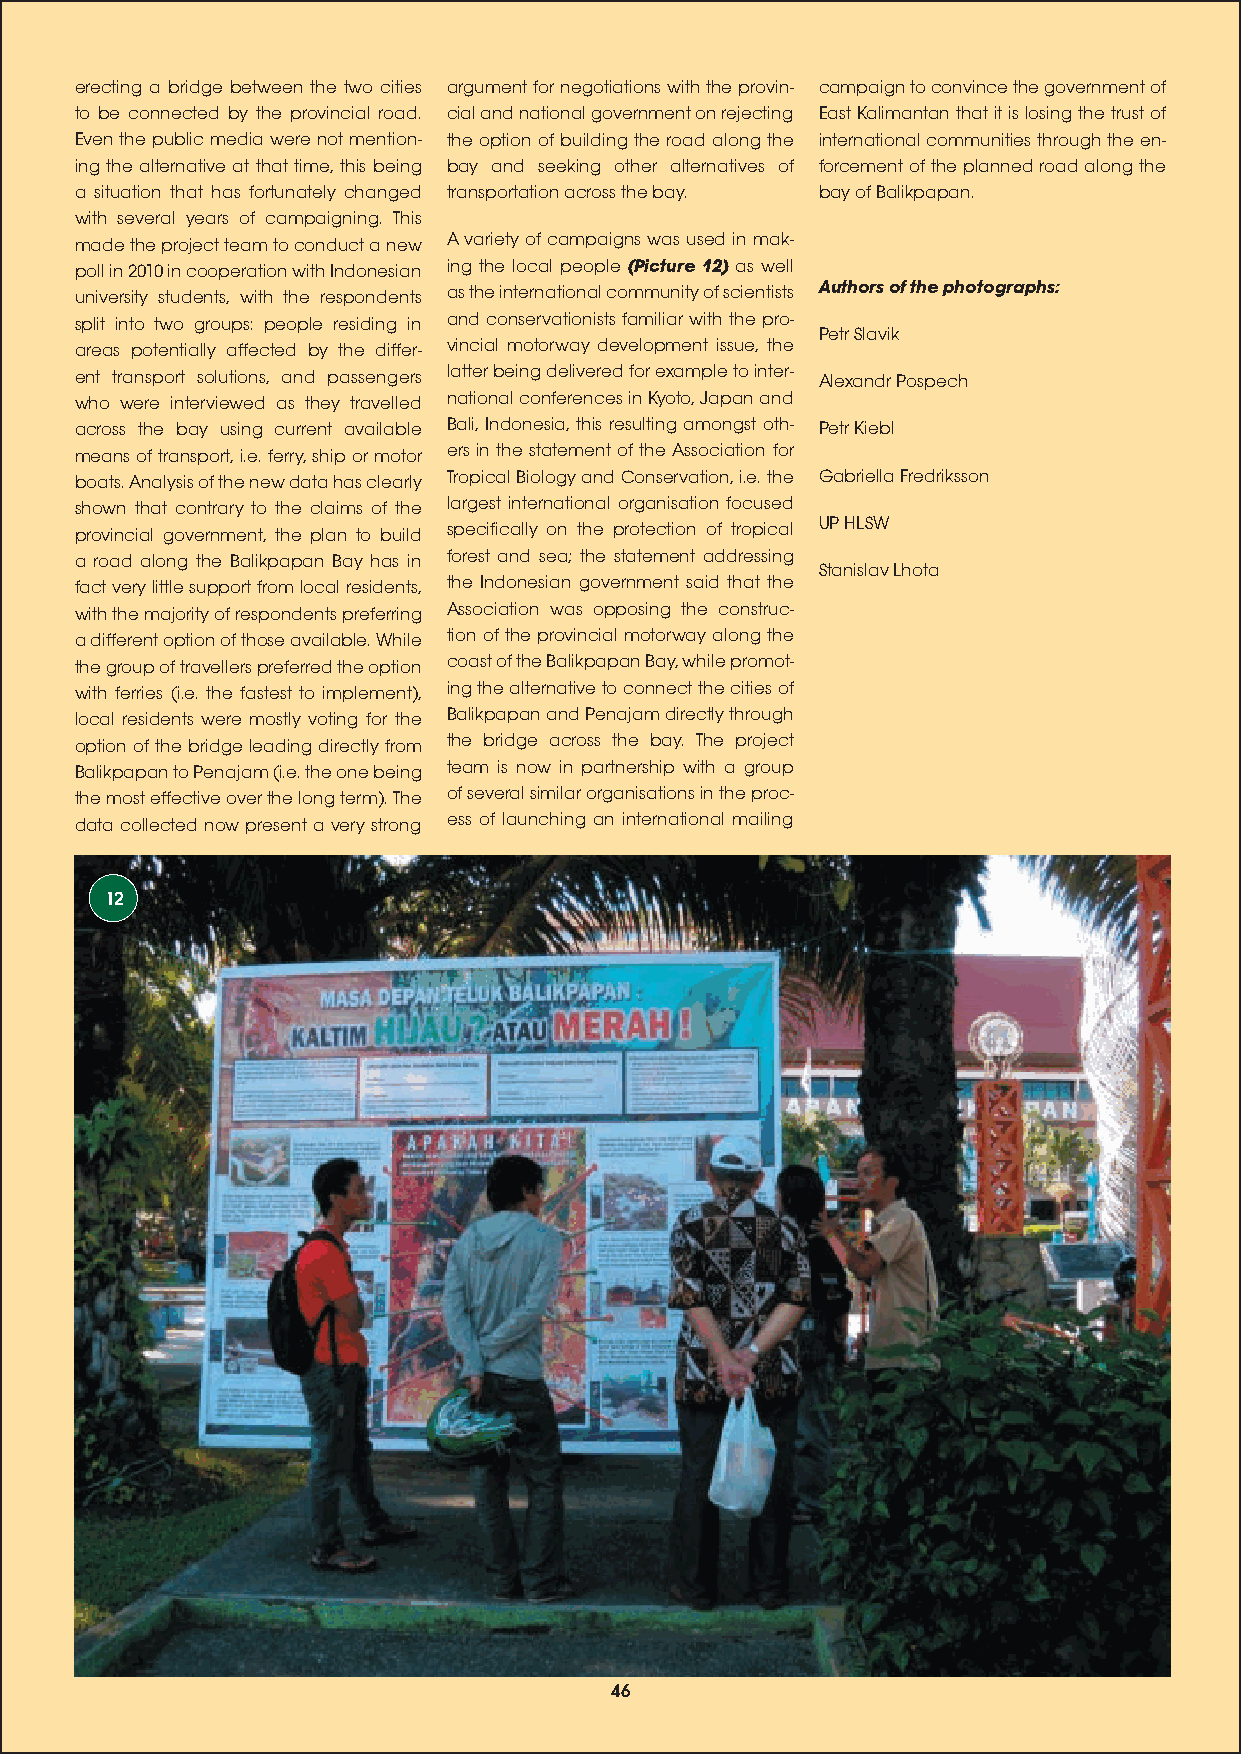
erecting a bridge between the two cities argument for negotiations with the provin- campaign to convince the government of
 to be connected by the provincial road. cial and national government on rejecting East Kalimantan that it is losing the trust of
 Even the public media were not mention- the option of building the road along the international communities through the en-
 ing the alternative at that time, this being bay and seeking other alternatives of forcement of the planned road along the
 a situation that has fortunately changed transportation across the bay. bay of Balikpapan.
 with several years of campaigning. This
 made the project team to conduct a new A variety of campaigns was used in mak-
 poll in 2010 in cooperation with Indonesian ing the local people (Picture 12) as well
 university students, with the respondents as the international community of scientists Authors of the photographs:
 split into two groups: people residing in and conservationists familiar with the pro-
 Petr Slavik
 areas potentially affected by the differ- vincial motorway development issue, the
 ent transport solutions, and passengers latter being delivered for example to inter- Alexandr Pospech
 who were interviewed as they travelled national conferences in Kyoto, Japan and
 across the bay using current available Bali, Indonesia, this resulting amongst oth- Petr Kiebl
 means of transport, i.e. ferry, ship or motor ers in the statement of the Association for
 boats. Analysis of the new data has clearly Tropical Biology and Conservation, i.e. the Gabriella Fredriksson
 shown that contrary to the claims of the largest international organisation focused
 UP HLSW
 provincial government, the plan to build specifically on the protection of tropical
 a road along the Balikpapan Bay has in forest and sea; the statement addressing
 Stanislav Lhota
 fact very little support from local residents, the Indonesian government said that the
 with the majority of respondents preferring Association was opposing the construc-
 a different option of those available. While tion of the provincial motorway along the
 the group of travellers preferred the option coast of the Balikpapan Bay, while promot-
 with ferries (i.e. the fastest to implement), ing the alternative to connect the cities of
 local residents were mostly voting for the Balikpapan and Penajam directly through
 option of the bridge leading directly from the bridge across the bay. The project
 Balikpapan to Penajam (i.e. the one being team is now in partnership with a group
 the most effective over the long term). The of several similar organisations in the proc-
 data collected now present a very strong ess of launching an international mailing
 12
 46